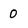
Character: 0